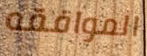
الموافقه